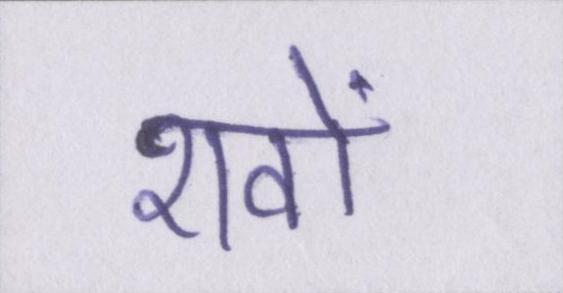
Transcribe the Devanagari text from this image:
शवों